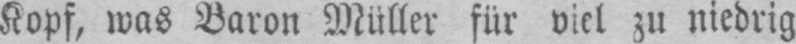
Kopf, was Baron Müller für viel zu niedrig